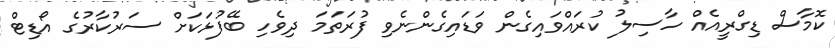
ކޮމާސް ޑިގްރީއެއް ހާސިލު ކުރައްވައިގެން ވަޑައިގެންނެވި ފުރަތަމަ ދިވެހި ބޭފުޅަކަށް ސަރުކާރުގެ އޯޑިޓް